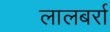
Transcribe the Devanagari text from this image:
लालबर्रा